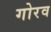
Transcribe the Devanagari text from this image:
गोरव